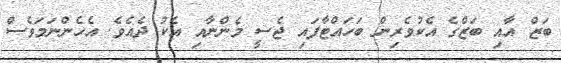
ބަޒް އާއި ބަޒްގެ އެކުވެރިން ބަހައްޓާފައި ޖެސީ މެންނާއި އެކު ދެއެވެ. އެހެންނަމަވެސް